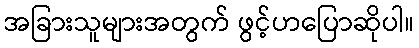
အခြားသူများအတွက် ဖွင့်ဟပြောဆိုပါ။